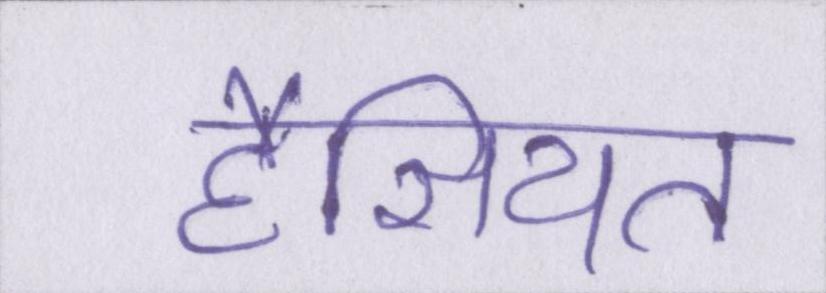
हैसियत